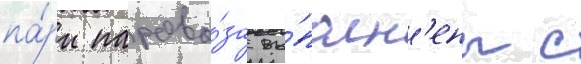
па́ры парово́за вы́полн'ены с